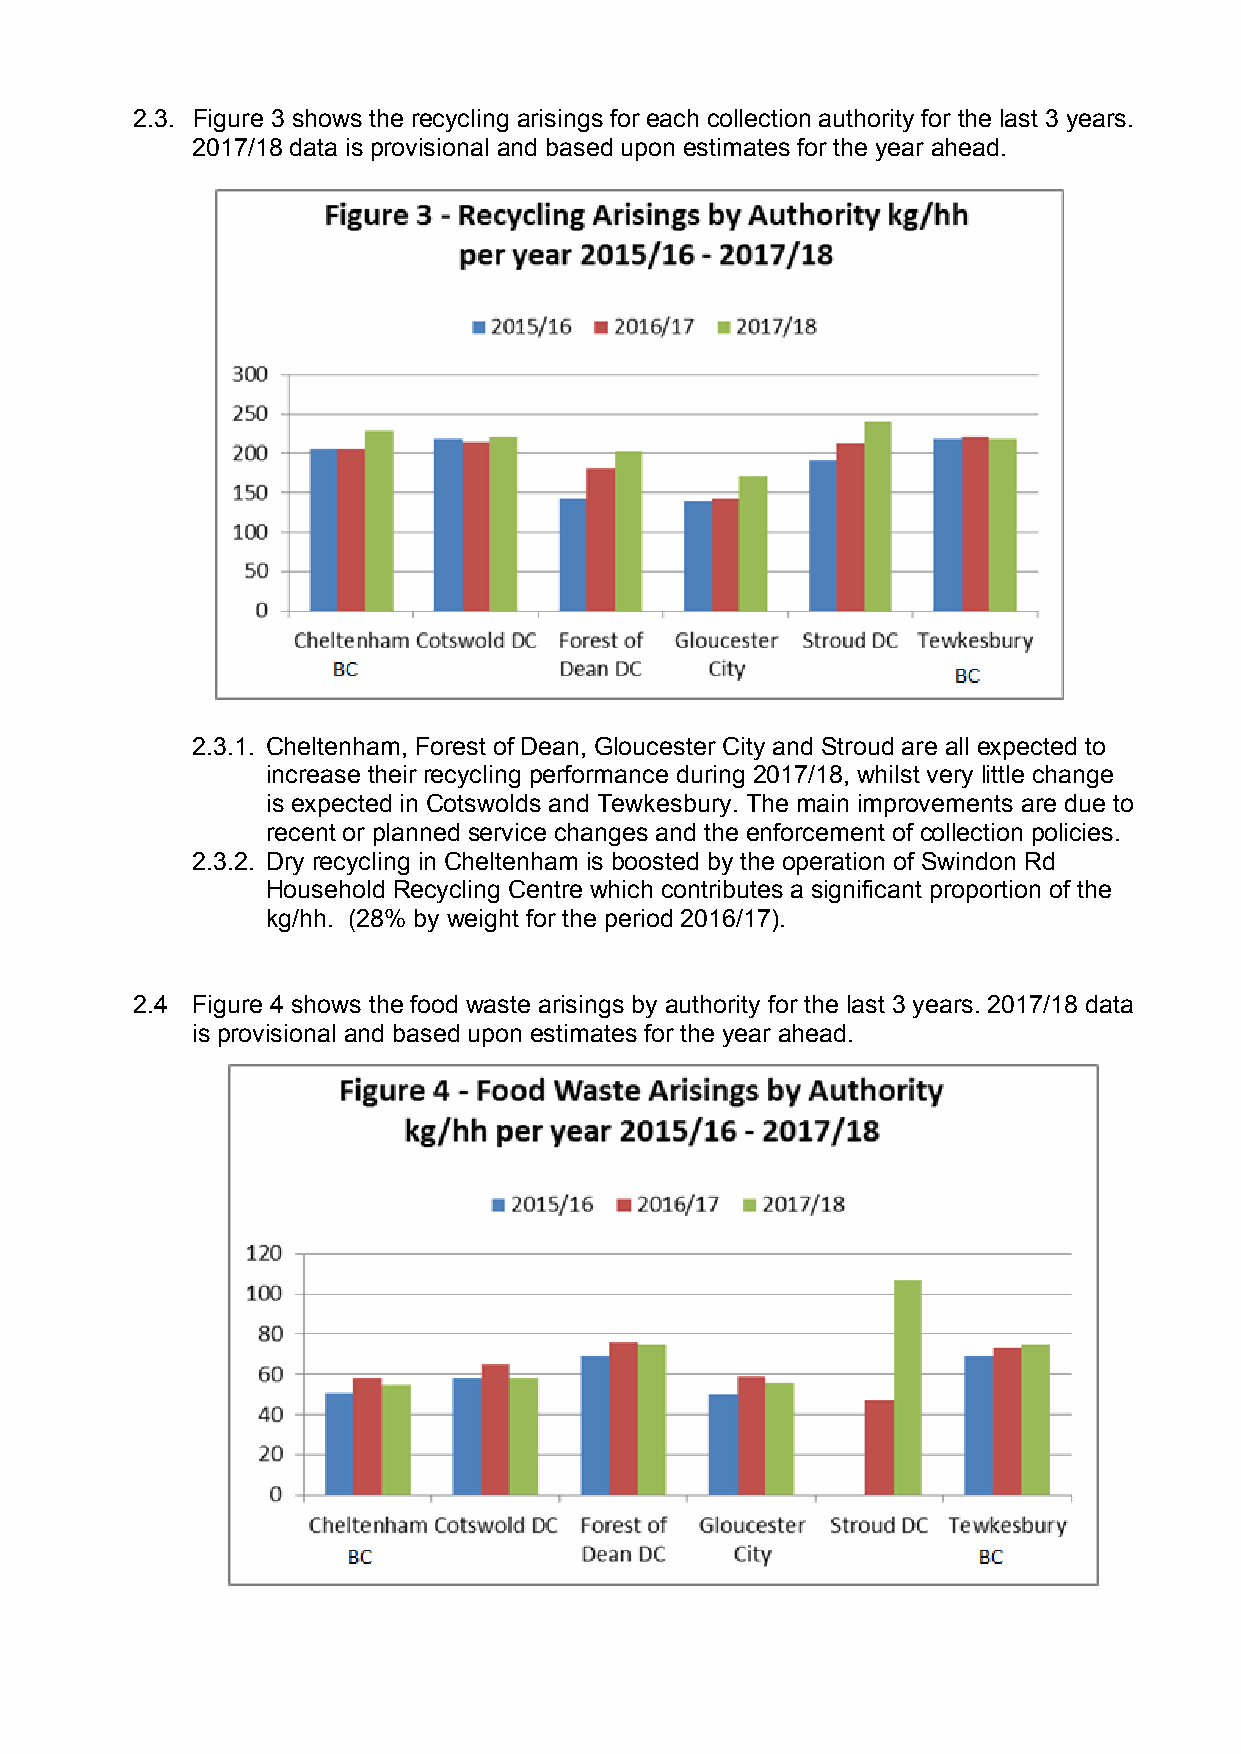
2.3. Figure 3 shows the recycling arisings for each collection authority for the last 3 years.
 2017/18 data is provisional and based upon estimates for the year ahead.
 2.3.1. Cheltenham, Forest of Dean, Gloucester City and Stroud are all expected to
 increase their recycling performance during 2017/18, whilst very little change
 is expected in Cotswolds and Tewkesbury. The main improvements are due to
 recent or planned service changes and the enforcement of collection policies.
 2.3.2. Dry recycling in Cheltenham is boosted by the operation of Swindon Rd
 Household Recycling Centre which contributes a significant proportion of the
 kg/hh. (28% by weight for the period 2016/17).
 2.4 Figure 4 shows the food waste arisings by authority for the last 3 years. 2017/18 data
 is provisional and based upon estimates for the year ahead.